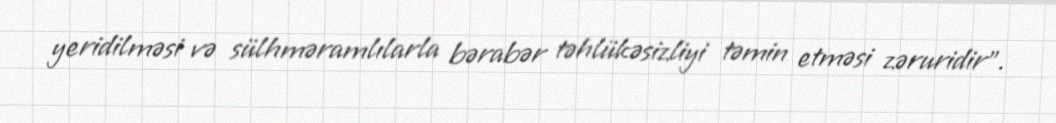
yeridilməsi və sülhməramlılarla bərabər təhlükəsizliyi təmin etməsi zəruridir”.